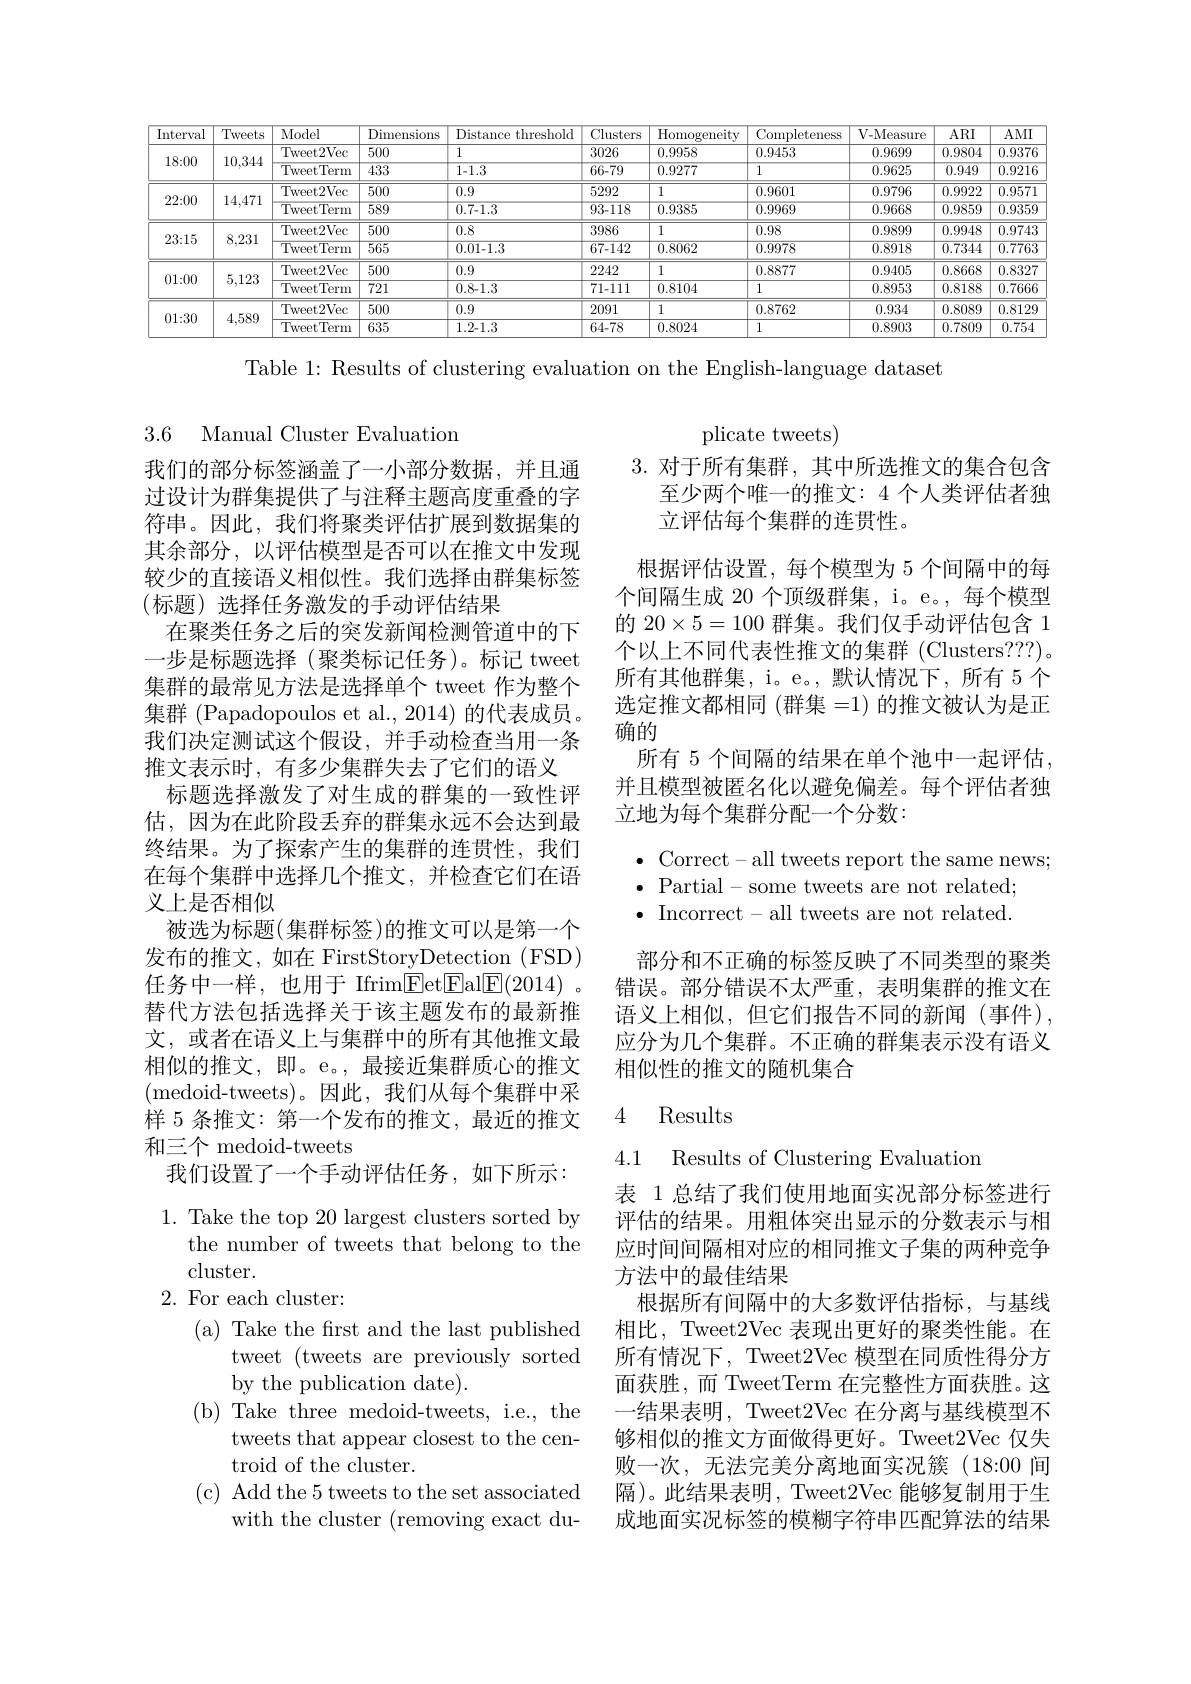
<table>
	<tbody>
		<tr>
			<th>Interval</th>
			<th>Tweets</th>
			<th>Model</th>
			<th>Dimensions</th>
			<th>Distance threshold</th>
			<th>Clusters</th>
			<th>Homogeneity</th>
			<th>Completeness</th>
			<th>V-Measure</th>
			<th>$ARI$</th>
			<th>$AMI$</th>
		</tr>
		<tr>
			<td rowspan="2">18:00</td>
			<td rowspan="2">10,344</td>
			<td>Tweet2Vec</td>
			<td>500</td>
			<td>1</td>
			<td>3026</td>
			<td>0.9958</td>
			<td>0.9453</td>
			<td>0.9699</td>
			<td>0.9804</td>
			<td>0.9376</td>
		</tr>
		<tr>
			<td>${\mathrm{TweetTerm}}$</td>
			<td>433</td>
			<td>1-1.3</td>
			<td>66-79</td>
			<td>0.9277</td>
			<td>$\overline{1}$</td>
			<td>0.9625</td>
			<td>0.949</td>
			<td>0.9216</td>
		</tr>
		<tr>
			<td rowspan="2">22{:}00</td>
			<td rowspan="2">14,471</td>
			<td>Tweet2Vec</td>
			<td>500</td>
			<td>0.9</td>
			<td>5292</td>
			<td>1</td>
			<td>0.9601</td>
			<td>0.9796</td>
			<td>0.9922</td>
			<td>0.9571</td>
		</tr>
		<tr>
			<td>$\overline{{\mathrm{TweetTerm}}}$</td>
			<td>$\overline{589}$</td>
			<td>0.7-1.3</td>
			<td>93-118</td>
			<td>0.9385</td>
			<td>0.9969</td>
			<td>$\overline{0.9668}$</td>
			<td>0.9859</td>
			<td>$\overline{0.9359}$</td>
		</tr>
		<tr>
			<td rowspan="2">23{:}15</td>
			<td rowspan="2">8,231</td>
			<td>Tweet2Vec</td>
			<td>500</td>
			<td>0.8</td>
			<td>3986</td>
			<td>1</td>
			<td>0.98</td>
			<td>0.9899</td>
			<td>0.9948</td>
			<td>0.9743</td>
		</tr>
		<tr>
			<td>${\mathrm{TweetTerm}}$</td>
			<td>$\overline{565}$</td>
			<td>0.01.1.3</td>
			<td>67-142</td>
			<td>0.8062</td>
			<td>0.9978</td>
			<td>0.8918</td>
			<td>0.7344</td>
			<td>0.7763</td>
		</tr>
		<tr>
			<td rowspan="2">01:00</td>
			<td rowspan="2">5,123</td>
			<td>Tweet2Vec</td>
			<td>500</td>
			<td>0.9</td>
			<td>2242</td>
			<td>1</td>
			<td>0.8877</td>
			<td>0.9405</td>
			<td>0.8668</td>
			<td>0.8327</td>
		</tr>
		<tr>
			<td>$\overline{{\mathrm{TweetTerm}}}$</td>
			<td>721</td>
			<td>0.8-1.3</td>
			<td>71-111</td>
			<td>0.8104</td>
			<td>1</td>
			<td>0.8953</td>
			<td>0.8188</td>
			<td>0.7666</td>
		</tr>
		<tr>
			<td rowspan="2">01:30</td>
			<td rowspan="2">4,589</td>
			<td>Tweet2Vec</td>
			<td>500</td>
			<td>0.9</td>
			<td>2091</td>
			<td>1</td>
			<td>0.8762</td>
			<td>0.934</td>
			<td>0.8089</td>
			<td>0.8129</td>
		</tr>
		<tr>
			<td>$\overline{{\mathrm{TweetTerm}}}$</td>
			<td>635</td>
			<td>1.2-1.3</td>
			<td>64-78</td>
			<td>0.8024</td>
			<td>1</td>
			<td>0.8903</td>
			<td>0.7809</td>
			<td>0.754</td>
		</tr>
	</tbody>
</table>

Table 1: Results of clustering evaluation on the English-language dataset

3.6 Manual Cluster Evaluation

plicate tweets)
3.对于所有集群，其中所选推文的集合包含
至少两个唯一的推文：4 个人类评估者独
立评估每个集群的连贯性。
根据评估设置，每个模型为 5 个间隔中的每个间隔生成 20 个顶级群集，i。e。, 每个模型的$20\times5=100$群集。我们仅手动评估包含 1个以上不同代表性推文的集群 (Clusters???)。所有其他群集，i。e。,默认情况下，所有 5个选定推文都相同(群集=1)的推文被认为是正确的
所有 5 个间隔的结果在单个池中一起评估， 并且模型被匿名化以避免偏差。每个评估者独立地为每个集群分配一个分数：

我们的部分标签涵盖了一小部分数据，并且通过设计为群集提供了与注释主题高度重叠的字符串。因此，我们将聚类评估扩展到数据集的其余部分，以评估模型是否可以在推文中发现较少的直接语义相似性。我们选择由群集标签(标题)选择任务激发的手动评估结果
在聚类任务之后的突发新闻检测管道中的下一步是标题选择(聚类标记任务)。标记 tweet 集群的最常见方法是选择单个 tweet 作为整个集群 (Papadopoulos et al., 2014) 的代表成员。我们决定测试这个假设，并手动检查当用一条推文表示时，有多少集群失去了它们的语义
标题选择激发了对生成的群集的一致性评估，因为在此阶段丢弃的群集永远不会达到最终结果。为了探索产生的集群的连贯性，我们在每个集群中选择几个推文，并检查它们在语义上是否相似
被选为标题(集群标签)的推文可以是第一个发布的推文，如在 FirstStoryDetection (FSD) 任务中一样，也用于 Ifrim$\boxed{\mathrm{Fet}}$Eal$\boxed{\mathrm{F}}(2014).$ 替代方法包括选择关于该主题发布的最新推文，或者在语义上与集群中的所有其他推文最相似的推文，即。e。,最接近集群质心的推文$({\mathrm{medoid-tweets}})$。因此，我们从每个集群中采样 5 条推文：第一个发布的推文，最近的推文${\text{和三个 medoid-tweets}}$
我们设置了一个手动评估任务，如下所示：

$\bullet$ Correct-all tweets report the same news;
$\bullet$ Partial-some tweets are not related; $\bullet$ Incorrect-all tweets are not related.

部分和不正确的标签反映了不同类型的聚类错误。部分错误不太严重，表明集群的推文在语义上相似，但它们报告不同的新闻(事件), 应分为几个集群。不正确的群集表示没有语义相似性的推文的随机集合

### 4 Results

4.1 Results of Clustering Evaluatior

表 1 总结了我们使用地面实况部分标签进行评估的结果。用粗体突出显示的分数表示与相应时间间隔相对应的相同推文子集的两种竞争方法中的最佳结果
根据所有间隔中的大多数评估指标，与基线相比，Tweet2Vec 表现出更好的聚类性能。在所有情况下，Tweet2Vec 模型在同质性得分方面获胜，而 TweetTerm 在完整性方面获胜。这一结果表明，Tweet2Vec 在分离与基线模型不够相似的推文方面做得更好。Tweet2Vec 仅失败一次，无法完美分离地面实况簇(18:00 间隔)。此结果表明，Tweet2Vec 能够复制用于生成地面实况标签的模糊字符串匹配算法的结果

1. Take the top 20 largest clusters sorted by
the number of tweets that belong to the
cluster.
2. For each cluster:
(a) Take the first and the last published
tweet ( tweets are previously sorted
by the publication date).
(b) Take three medoid-tweets, i.e., the
tweets that appear closest to the cen-
troid of the cluster.
(c) Add the 5 tweets to the set associated
with the cluster (removing exact du-